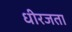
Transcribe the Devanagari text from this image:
धीरजता